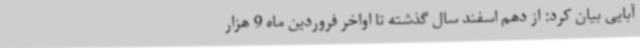
آبایی بیان کرد: از دهم اسفند سال گذشته تا اواخر فروردین ماه 9 هزار